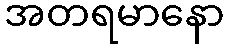
အတရမာနော